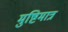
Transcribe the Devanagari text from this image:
मुष्टिमात्र